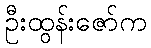
ဦးထွန်းဇော်က